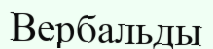
Вербальды